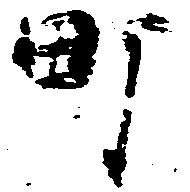
町